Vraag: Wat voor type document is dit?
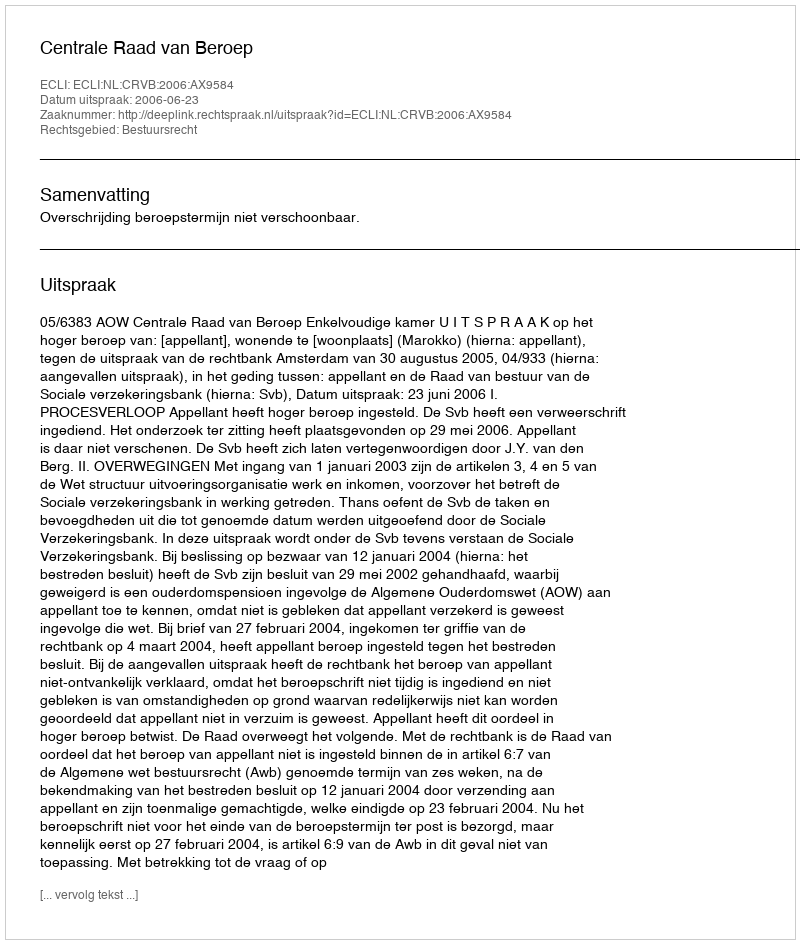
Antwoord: Uitspraak